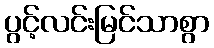
ပွင့်လင်းမြင်သာစွာ